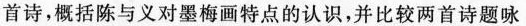
首诗，概括陈与义对墨梅画特点的认识，并比较两首诗题咏